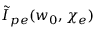
\tilde { I } _ { p e } ( w _ { 0 } , \chi _ { e } )